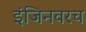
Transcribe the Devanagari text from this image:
इंजिनवरच